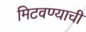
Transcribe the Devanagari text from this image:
मिटवण्याची